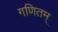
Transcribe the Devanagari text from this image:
गणितम्